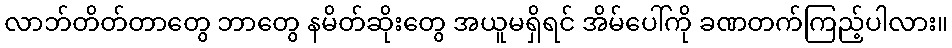
လာဘ်တိတ်တာတွေ ဘာတွေ နမိတ်ဆိုးတွေ အယူမရှိရင် အိမ်ပေါ်ကို ခဏတက်ကြည့်ပါလား။